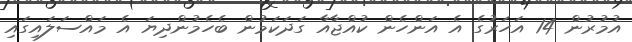
އުމުރުން 14 އަހަރުގެ އެ އަންހެން ކުއްޖާއާ ގަދަކަމުން ބެހެމުންދިޔަ އެ މައްސަލައިގައި